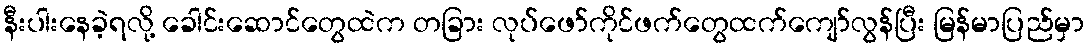
နီးပါးနေခဲ့ရလို့ ခေါင်းဆောင်တွေထဲက တခြား လုပ်ဖော်ကိုင်ဖက်တွေထက်ကျော်လွန်ပြီး မြန်မာပြည်မှာ